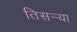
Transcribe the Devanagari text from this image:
तिसर्‍र्‍या